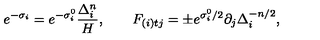
e ^ { - \sigma _ { i } } = e ^ { - \sigma _ { i } ^ { 0 } } \frac { \Delta _ { i } ^ { n } } { H } , \qquad { } F _ { ( i ) t j } = \pm e ^ { \sigma _ { i } ^ { 0 } / 2 } \partial _ { j } { \Delta _ { i } ^ { - n / 2 } } ,